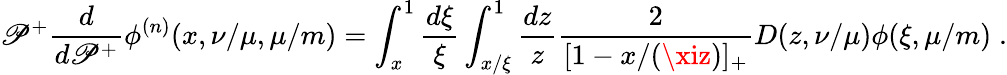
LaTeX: \mathscr{P}^{+}\frac{{d}}{{d\mathscr{P}^{+}}}\phi^{(n)}(x,\nu/\mu,\mu/m)=\int_{x}^{1}\frac{{d\xi}}{{\xi}}\int_{x/\xi}^{1}\frac{{dz}}{{z}}\frac{{2}}{{[1-x/(\xiz)]_{+}}}D(z,\nu/\mu)\phi(\xi,\mu/m)\; .